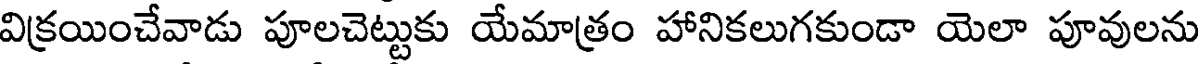
విక్రయించేవాడు పూలచెట్టుకు యేమాత్రం హానికలుగకుండా యెలా పూవులను